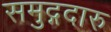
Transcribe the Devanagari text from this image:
समुद्गदारु